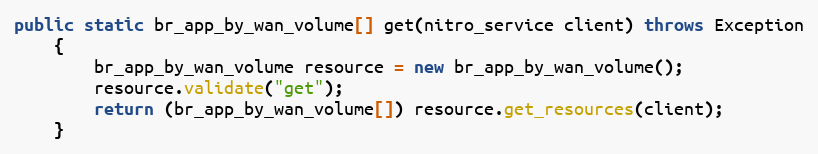
Language: Java
public static br_app_by_wan_volume[] get(nitro_service client) throws Exception
	{
		br_app_by_wan_volume resource = new br_app_by_wan_volume();
		resource.validate("get");
		return (br_app_by_wan_volume[]) resource.get_resources(client);
	}